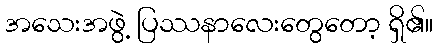
အသေးအဖွဲ့ ပြဿနာလေးတွေတော့ ရှိ၏။